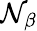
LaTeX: \mathcal{N}_{\beta}